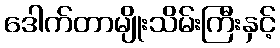
ဒေါက်တာမျိုးသိမ်းကြီးနှင့်